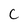
Character: C